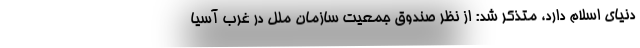
دنیای اسلام دارد، متذکر شد: از نظر صندوق جمعیت سازمان ملل در غرب آسیا